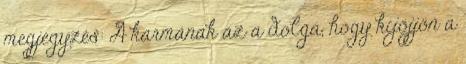
megjegyzés: A karmának az a dolga, hogy kijöjjön a